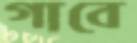
গাবে